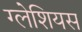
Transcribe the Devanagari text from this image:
ग्लेशियस